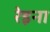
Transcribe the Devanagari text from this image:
रेइना